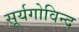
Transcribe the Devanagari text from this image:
सूर्यगोविन्द